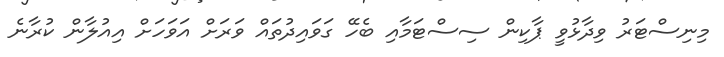
މިނިސްޓަރު ވިދާޅުވީ ޕާކިން ސިސްޓަމާއި ބެހޭ ގަވައިދުތައް ވަރަށް އަވަހަށް އިއުލާން ކުރާނެ